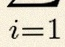
i=1